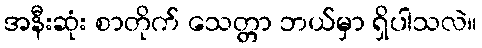
အနီးဆုံး စာတိုက် သေတ္တာ ဘယ်မှာ ရှိပါသလဲ။